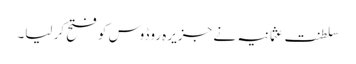
سلطنت عثمانیہ نے جزیرہ روڈوس کو فتح کر لیا۔